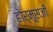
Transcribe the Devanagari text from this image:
होर्मूसजी